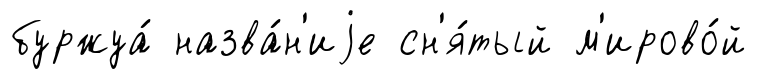
буржуа́ назва́н'иjе сн'я́тый м'ирово́й